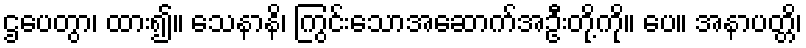
ဌပေတွာ၊ ထား၍။ သေနာနိ၊ ကြွင်းသောအဆောက်အဦးတို့ကို။ ပေ။ အနာပတ္တိ၊